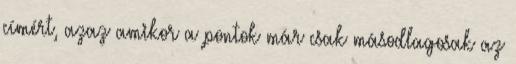
címért, azaz amikor a pontok már csak másodlagosak az